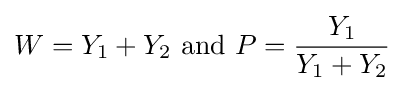
W=Y_{1}+Y_{2}{\text{ and }}P={\frac {Y_{1}}{Y_{1}+Y_{2}}}